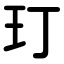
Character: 玎